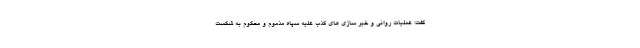
گفت: عملیات روانی و خبر سازی های کذب علیه سپاه مذموم و محکوم به شکست